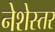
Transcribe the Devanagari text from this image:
नेशेस्तर